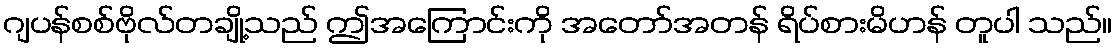
ဂျပန်စစ်ဗိုလ်တချို့သည် ဤအကြောင်းကို အတော်အတန် ရိပ်စားမိဟန် တူပါ သည်။